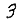
Digit: 3